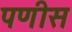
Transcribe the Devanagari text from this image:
पणीस